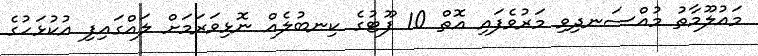
މައުލޫމާތު މުއްސަނދިވި މަރުވެފައި އޮތް 10 ފޫޓުގެ ކިނބުލެއް ނޮޅިވަރަމަށް ލައްގައިފި އުކުޅަހުގެ